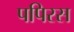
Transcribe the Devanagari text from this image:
पपिरस